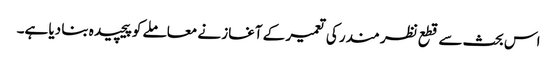
اس بحث سے قطع نظر مندر کی تعمیر کے آغاز نے معاملے کو پیچیدہ بنا دیا ہے۔